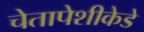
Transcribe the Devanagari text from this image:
चेतापेशीकेडे